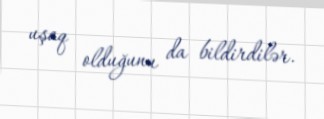
uşaq olduğunu da bildirdilər.